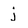
Character: j